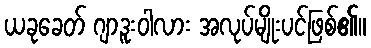
ယခုခေတ် ဂျာဒူးဝါလား အလုပ်မျိုးပင်ဖြစ်၏။